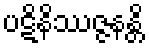
ပဋိနိဿဇ္ဇနန္တိ